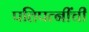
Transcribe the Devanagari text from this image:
पतिपत्‍नींची